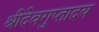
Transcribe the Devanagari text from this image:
श्रीदेवगुप्तादय